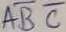
Text: ABC